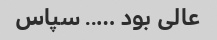
عالی بود ….. سپاس